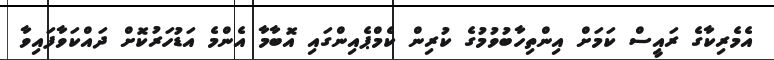
އެމެރިކާގެ ރައީސް ކަމަށް އިންތިހާބުވުމުގެ ކުރިން ކެމްޕެއިންގައި އޮބާމާ އެންމެ އަޑުހަރުކޮށް ދައްކަވާފައިވާ